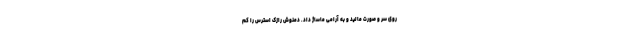
روی سر و صورت مالید و به آرامی ماساژ داد. دمنوش رازک استرس را کم